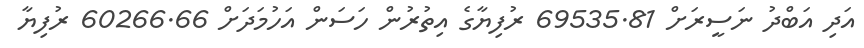
އަދި އަބްދު ނަސީރަށް 69535.81 ރުފިޔާގެ އިތުރުން ހަސަން އަހުމަދަށް 60266.66 ރުފިޔާ